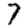
Digit: 7